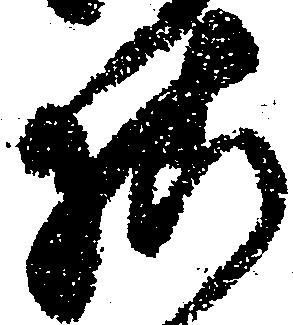
様